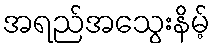
အရည်အသွေးနိမ့်